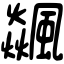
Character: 飊